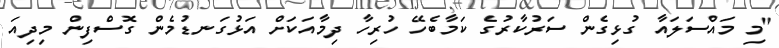
"މި މައްސަލައާ ގުޅިގެން ސަރުކާރުގެ ކަމާބެހޭ ހުރިހާ ދިމާއަކަށް އަޅުގަނޑުމެން ގޮސްފިން މިދިއަ